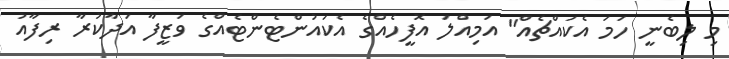
މި ލިބެނީ ހަމަ އެކައްޗެއް" އަމިއްލަ އޮފީހެއްގެ އެކައުންޓެންޓެއްގެ ވަޒީފާ އަދާކުރާ ރިފާއު